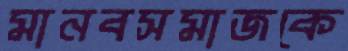
মানবসমাজকে